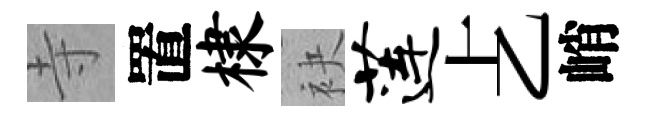
寺置棣袂莲𠧒峭